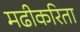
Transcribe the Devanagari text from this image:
मढीकरिता